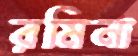
রমিনা